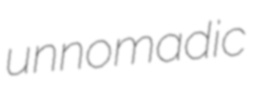
unnomadic